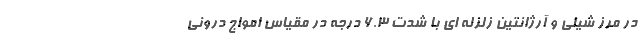
در مرز شیلی و آرژانتین زلزله ای با شدت ۶.۳ درجه در مقیاس امواج درونی